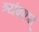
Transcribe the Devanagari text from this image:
त्र्यंबकम्